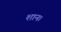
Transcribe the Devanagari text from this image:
शान।